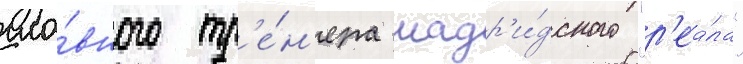
гла́вного тр'е́н'ера мадр'и́дского "р'еа́ла"